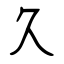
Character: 久